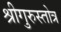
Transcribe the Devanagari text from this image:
श्रीगुरुस्तोत्र